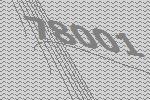
78001